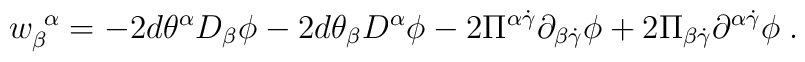
{w}_\beta^{~\alpha}=    -2 d\theta^\alpha D_\beta \phi    -2 d\theta_\beta D^\alpha \phi -    2\Pi^{\alpha\dot{\gamma}} \partial_{\beta\dot{\gamma}} \phi +2\Pi_{\beta\dot{\gamma}}\partial^{\alpha\dot{\gamma}} \phi\; .